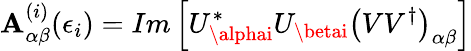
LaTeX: \mathbf{A}_{\alpha\beta}^{(i)}(\epsilon_{i})=Im\left[U_{\alphai}^{\ast}U_{\betai}\left(VV^{\dagger}\right)_{\alpha\beta}\right]